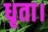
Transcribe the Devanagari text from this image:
धृता।